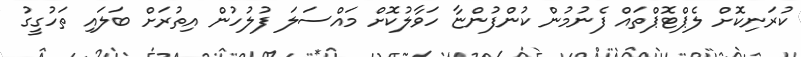
ކުރަނިކޮށް ލެޕްޓޮޕްތައް ފެނުމުން ކުންފުންޏާ ހަވާލުކޮށް މައްސަލަ ފުލުހުން އިތުރަށް ބަލައި ތަހުގީގު